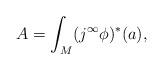
LaTeX: \begin{gather*}A=\int_M (j^\infty \phi)^\ast(a) ,\end{gather*}